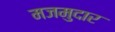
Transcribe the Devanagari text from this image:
मजमुदार